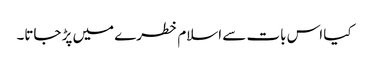
کیا اس بات سے اسلام خطرے میں پڑ جاتا۔